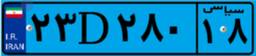
۲۳D۲۸۰۱۸